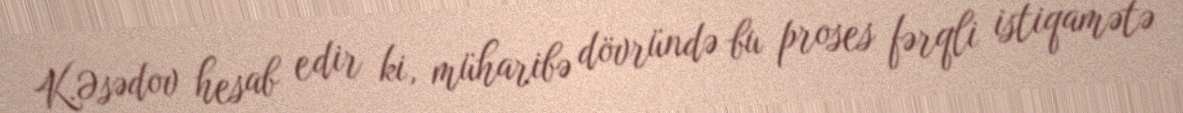
K.Əsədov hesab edir ki, müharibə dövründə bu proses fərqli istiqamətə